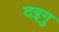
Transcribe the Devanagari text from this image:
दइगु